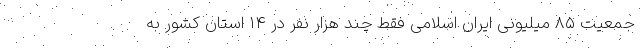
جمعیت ۸۵ میلیونی ایران اسلامی فقط چند هزار نفر در ۱۴ استان کشور به